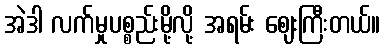
အဲဒါ လက်မှုပစ္စည်းမို့လို့ အရမ်း ဈေးကြီးတယ်။